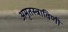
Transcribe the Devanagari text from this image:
अमृतस्त्राविणी